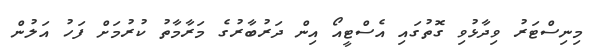
މިނިސްޓަރު ވިދާޅުވި ގޮތުގައި އެސްޓީއޯ އިން ދަރުބާރުގެ މަރާމާތު ކުރުމަށް ފަހު އަލުން